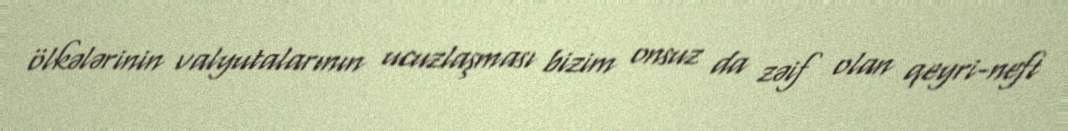
ölkələrinin valyutalarının ucuzlaşması bizim onsuz da zəif olan qeyri-neft